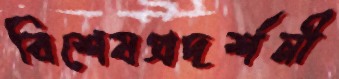
বিশেষপ্রদর্শনী